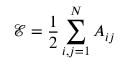
\mathcal { E } = \frac { 1 } { 2 } \sum _ { i , j = 1 } ^ { N } A _ { i j }